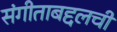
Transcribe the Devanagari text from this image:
संगीताबद्दलची